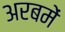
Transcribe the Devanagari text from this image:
अरबमें